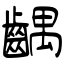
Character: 齵